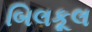
બિલકૂલ